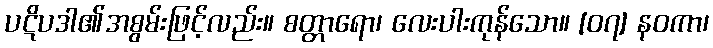
ပဋိပဒါ၏အစွမ်းဖြင့်လည်း။ စတ္တာရော၊ လေးပါးကုန်သော။ [၀၇] နဝကာ၊